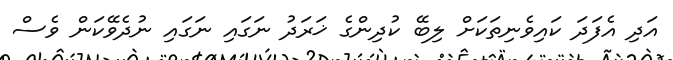
އަދި އެފަދަ ކައިވެނިތަކަށް ލިބޭ ކުދިންގެ ޚަރަދު ނަގައި ނަގައި ނުދެވޭކަން ވެސް